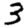
Digit: 3